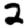
Digit: 2